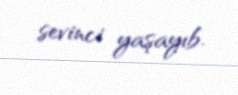
sevinci yaşayıb.